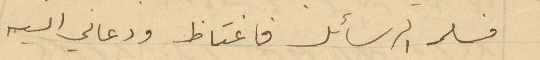
فسلمه الرسائل فاغتاظ ودعاني اليه